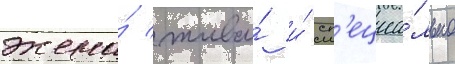
жена́ жива́ и́ сп'ециа́льно